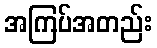
အကြပ်အတည်း